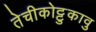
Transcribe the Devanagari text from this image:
तेचीकोट्टुकावु